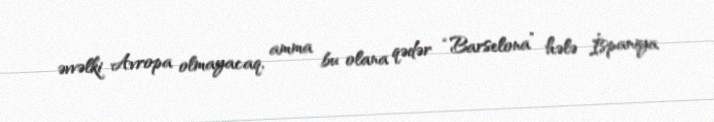
əvvəlki Avropa olmayacaq, amma bu olana qədər “Barselona” hələ İspaniya